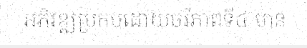
អភិវឌ្ឍប្រកបដោយចរីភាពទី៤ មាន